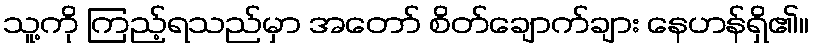
သူ့ကို ကြည့်ရသည်မှာ အတော် စိတ်ချောက်ချား နေဟန်ရှိ၏။